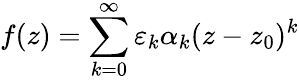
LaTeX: f(z)=\sum_{k=0}^{\infty}\varepsilon_{k}\alpha_{k}(z-z_{0})^{k}